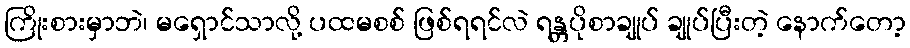
ကြိုးစားမှာဘဲ၊ မရှောင်သာလို့ ပထမစစ် ဖြစ်ရရင်လဲ ရန္တပိုစာချုပ် ချုပ်ပြီးတဲ့ နောက်တော့